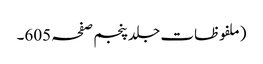
(ملفوظات جلد پنجم صفحہ 605۔